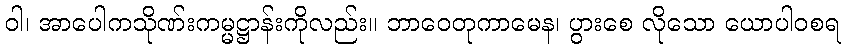
ဝါ၊ အာပေါကသိုဏ်းကမ္မဋ္ဌာန်းကိုလည်း။ ဘာဝေတုကာမေန၊ ပွားစေ လိုသော ယောပါဝစရ